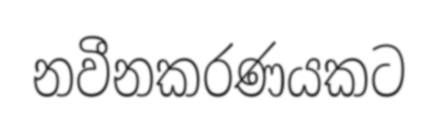
නවීනකරණයකට